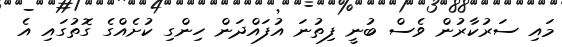
މައި ސަރުކާރުން ވެސް ބުނީ ފިތުނަ އުފައްދަން ހިންގި ކުށެއްގެ ގޮތުގައި އެ